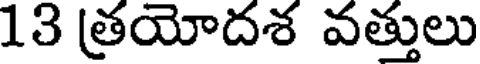
13 త్రయోదశ వత్తులు